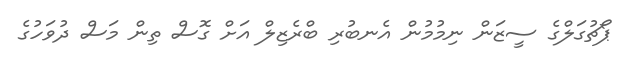
ޕޯޗުގަލްގެ ސީޒަން ނިމުުމުން އެނބުރި ބްރެޒިލް އަށް ގޮސް ތިން މަަސް ދުވަހުގެ